Vaccination in Bombay 1869-1873 - 1869-1873
Year: 1869
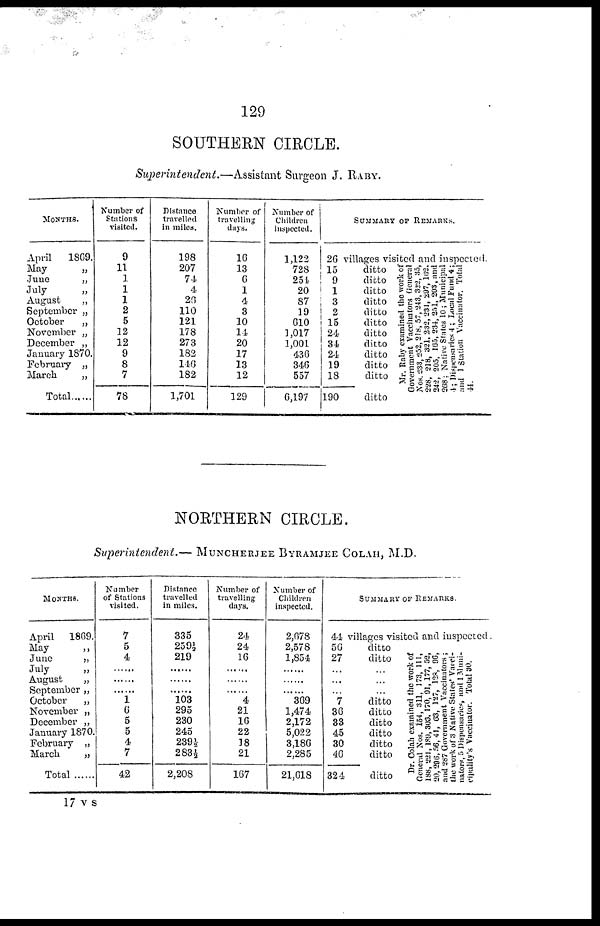
129
SOUTHERN CIRCLE.
Superintendent.—Assistant
Surgeon J. RABY.
MONTHS.
April
1869.
May
„
June
„
July
„
August
„
September „
October
„
November „
December „
January 1870.
February „
March
„
Total ......
Number of
Stations
visited.
9
11
1
1
1
2
5
12
12
9
8
7
78
Distance
travelled
in miles.
198
207
74
4
26
110
121
178
273
182
146
182
1,701
Number of
travelling
days.
16
13
6
1
4
3
10
14
20
17
13
12
129
Number of
Children
inspected.
1,122
728
254
20
87
19
610
1,017
1,001
436
346
557
6,197
SUMMARY OF REMARKS.
26
15
9
1
3
2
15
24
34
24
19
18
190
villages visited and inspected.
ditto
ditto
ditto
ditto
ditto
ditto
ditto
ditto
ditto
ditto
ditto
ditto
Mr. Raby examined the work of
Government Vaccinators General
Nos.233,
252, 218, 57, 243, 322, 35,
228 218, 321. 232, 231, 297, 162.
342, 205, 105, 234, 251, 203, and
268,Native States 10; Municipal
4, Dispensaries 4 ; Local Fund 4;
and 1 Station Vaccinator. Total
NORTHERN CIRCLE.
Superintendent.— MUNCHERJEE BYRAMJEE COLAH, M.D.
MONTHS.
April 1869.
May
„
June
„
July
„
August
„
September „
October
„
November „
December „
January 1870.
February
March
„
Total
Number
of Stations
visited.
7
5
4
......
......
......
1
6
5
5
4
7
42
Distance
travelled
in miles.
335
259½
219
......
......
......
103
295
230
245
239½
283½
2,208
Number of
travelling
days.
24
24
16
......
......
......
4
21
16
22
18
21
167
Number of
Children
inspected.
2,678
2,578
1,854
......
......
......
369
1,474
2,172
5,022
3,186
2,285
21,618
SUMMARY OF REMARKS.
44
56
27
...
...
...
7
36
33
45
30
46
324
villages visited and inspected.
ditto
ditto
...
...
...
ditto
ditto
ditto
ditto
ditto
ditto
ditto
Dr. Colah examined the work of
General Nos. 154, 311, 173, 111,
188, 221, 189, 303, 170, 91, 177, 52,
20, 296, 56, 41, 63, 127, 128, 96,
and 287 Government Vaccinators ;
the work of 3 Native States' Vacci-
nator., 5 Dispensaries, and 1 Muni-
cipality's Vaccinator. Total 30.
17 V S